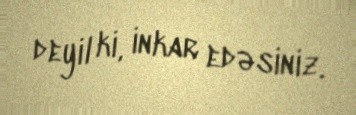
deyil ki, inkar edəsiniz.